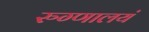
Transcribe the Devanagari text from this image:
रुग्णालयं